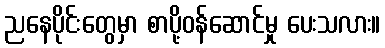
ညနေပိုင်းတွေမှာ စာပို့ဝန်ဆောင်မှု ပေးသလား။